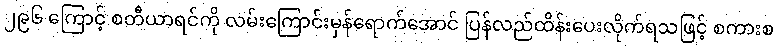
၂၉၆ ကြောင့် စတီယာရင်ကို လမ်းကြောင်းမှန်ရောက်အောင် ပြန်လည်ထိန်းပေးလိုက်ရသဖြင့် စကားစ